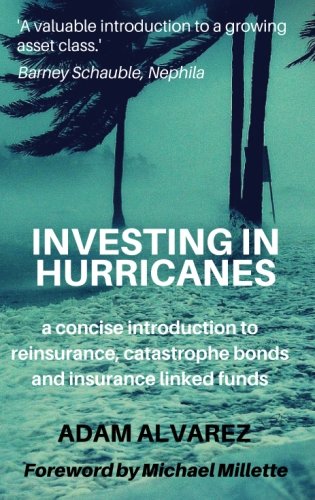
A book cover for Investing in Hurricanes: A Concise Introduction to Reinsurance, Catastrophe Bonds, and Insurance Linked Funds; Mr Adam Alvarez; Business & Money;